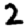
Digit: 2